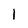
Character: 1